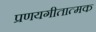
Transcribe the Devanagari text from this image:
प्रणयगीतात्मक